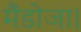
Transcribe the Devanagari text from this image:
मैंडोजा।